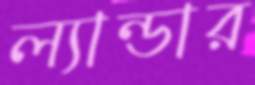
ল্যান্ডার